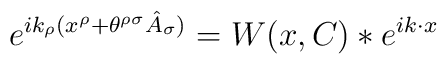
e^{i k_{\rho} (x^{\rho} + \theta^{\rho \sigma} \hat{A}_{\sigma})} = W(x,C) \ast e^{i k \cdot x}